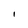
Character: l